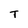
Character: T